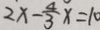
2 x - \frac { 4 } { 3 } x = 1 0